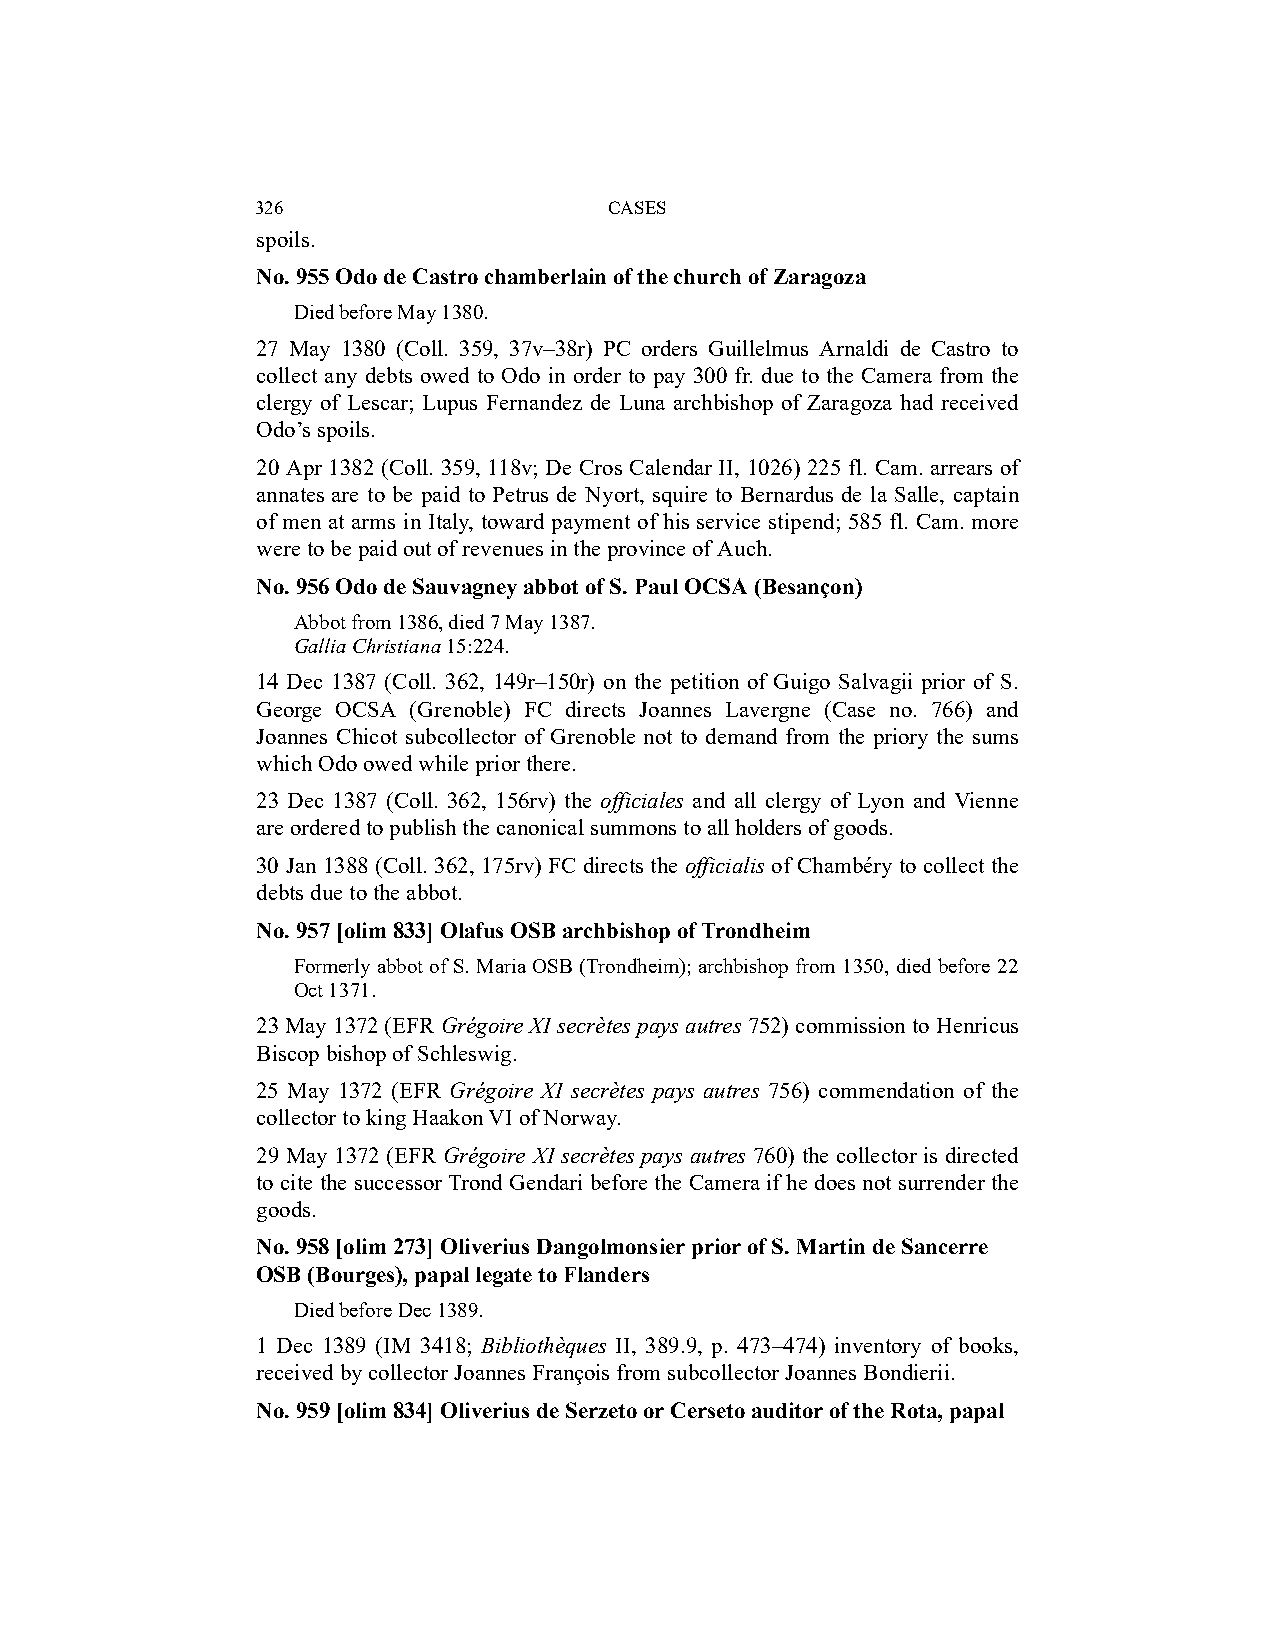
326                    CASES
 spoils.
 No. 955 Odo de Castro chamberlain of the church of Zaragoza
 Died before May 1380.
 27 May 1380 (Coll. 359, 37v–38r) PC orders Guillelmus Arnaldi de Castro to
 collect any debts owed to Odo in order to pay 300 fr. due to the Camera from the
 clergy of Lescar; Lupus Fernandez de Luna archbishop of Zaragoza had received
 Odo’s spoils.
 20 Apr 1382 (Coll. 359, 118v; De Cros Calendar II, 1026) 225 fl. Cam. arrears of
 annates are to be paid to Petrus de Nyort, squire to Bernardus de la Salle, captain
 of men at arms in Italy, toward payment of his service stipend; 585 fl. Cam. more
 were to be paid out of revenues in the province of Auch.
 No. 956 Odo de Sauvagney abbot of S. Paul OCSA (Besançon)
 Abbot from 1386, died 7 May 1387.
 Gallia Christiana 15:224.
 14 Dec 1387 (Coll. 362, 149r–150r) on the petition of Guigo Salvagii prior of S.
 George OCSA (Grenoble) FC directs Joannes Lavergne (Case no. 766) and
 Joannes Chicot subcollector of Grenoble not to demand from the priory the sums
 which Odo owed while prior there.
 23 Dec 1387 (Coll. 362, 156rv) the officiales and all clergy of Lyon and Vienne
 are ordered to publish the canonical summons to all holders of goods.
 30 Jan 1388 (Coll. 362, 175rv) FC directs the officialis of Chambéry to collect the
 debts due to the abbot.
 No. 957 [olim 833] Olafus OSB archbishop of Trondheim
 Formerly abbot of S. Maria OSB (Trondheim); archbishop from 1350, died before 22
 Oct 1371.
 23 May 1372 (EFR Grégoire XI secrètes pays autres 752) commission to Henricus
 Biscop bishop of Schleswig.
 25 May 1372 (EFR Grégoire XI secrètes pays autres 756) commendation of the
 collector to king Haakon VI of Norway.
 29 May 1372 (EFR Grégoire XI secrètes pays autres 760) the collector is directed
 to cite the successor Trond Gendari before the Camera if he does not surrender the
 goods.
 No. 958 [olim 273] Oliverius Dangolmonsier prior of S. Martin de Sancerre
 OSB (Bourges), papal legate to Flanders
 Died before Dec 1389.
 1 Dec 1389 (IM 3418; Bibliothèques II, 389.9, p. 473–474) inventory of books,
 received by collector Joannes François from subcollector Joannes Bondierii.
 No. 959 [olim 834] Oliverius de Serzeto or Cerseto auditor of the Rota, papal